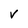
Character: V